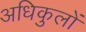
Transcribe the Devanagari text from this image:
अधिकुलों